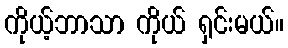
ကိုယ့်ဘာသာ ကိုယ် ရှင်းမယ်။